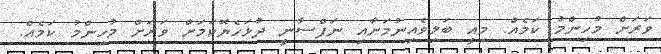
ވަރަށް މުހިންމު ކަމެއް. މިއީ ބަލިވެއިނުމަށާއި ނަފްސާނީ ދުޅަހެޔޮކަމަށް ވަރަށް މުހިންމު ކަމެއް.